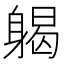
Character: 𨉪